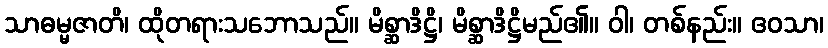
သာဓမ္မဇာတိ၊ ထိုတရားသဘောသည်။ မိစ္ဆာဒိဋ္ဌိ၊ မိစ္ဆာဒိဋ္ဌိမည်၏။ ဝါ၊ တစ်နည်း။ ဧဝသာ၊